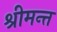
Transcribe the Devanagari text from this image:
श्रीमन्त